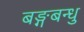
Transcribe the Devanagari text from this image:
बङ्गबन्धु